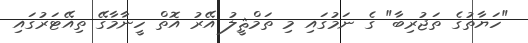
"ހަޔާތުގެ ތަޖުރިބާ" ގެ ނަމުގައި މި ތަމްޘީލު އޭރު އޮތް ހީނާމާގޭ ތިއޭޓަރުގައި